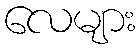
လေများ